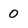
Character: 0